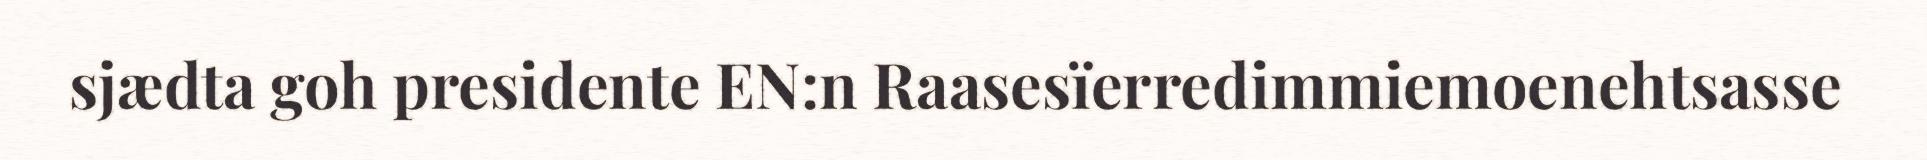
sjædta goh presidente EN:n Raasesïerredimmiemoenehtsasse